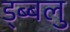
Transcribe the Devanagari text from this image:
ड्ब्बलु